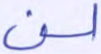
لن